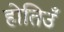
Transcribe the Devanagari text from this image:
होतिउँ